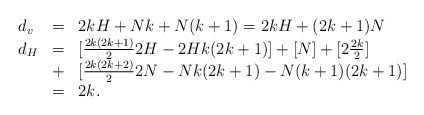
\begin{align*}\begin{array}{lll}d_v & = & 2kH+Nk+N(k+1)=2kH+(2k+1)N \\d_H & = & [\frac{2k(2k+1)}{2}2H-2H k(2k+1)]+ [N]+[2\frac{2k}{2}] \\& + & [\frac{2k(2k+2)}{2}2N-Nk(2k+1)-N(k+1)(2k+1)] \\& = & 2k. \\\end{array}\end{align*}